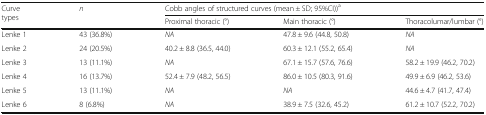
<table><thead><tr><td rowspan="2"><b>Curve types</b></td><td rowspan="2"><b><i>n</i></b></td><td colspan="3"><b>Cobb angles of structured curves (mean ± SD; 95%CI))<sup>a</sup></b></td></tr><tr><td><b>Proximal thoracic (°)</b></td><td><b>Main thoracic (°)</b></td><td><b>Thoracolumar/lumbar (°)</b></td></tr></thead><tbody><tr><td>Lenke 1</td><td>43 (36.8%)</td><td><i>NA</i></td><td>47.8 ± 9.6 (44.8, 50.8)</td><td><i>NA</i></td></tr><tr><td>Lenke 2</td><td>24 (20.5%)</td><td>40.2 ± 8.8 (36.5, 44.0)</td><td>60.3 ± 12.1 (55.2, 65.4)</td><td><i>NA</i></td></tr><tr><td>Lenke 3</td><td>13 (11.1%)</td><td><i>NA</i></td><td>67.1 ± 15.7 (57.6, 76.6)</td><td>58.2 ± 19.9 (46.2, 70.2)</td></tr><tr><td>Lenke 4</td><td>16 (13.7%)</td><td>52.4 ± 7.9 (48.2, 56.5)</td><td>86.0 ± 10.5 (80.3, 91.6)</td><td>49.9 ± 6.9 (46.2, 53.6)</td></tr><tr><td>Lenke 5</td><td>13 (11.1%)</td><td><i>NA</i></td><td><i>NA</i></td><td>44.6 ± 4.7 (41.7, 47.4)</td></tr><tr><td>Lenke 6</td><td>8 (6.8%)</td><td><i>NA</i></td><td>38.9 ± 7.5 (32.6, 45.2)</td><td>61.2 ± 10.7 (52.2, 70.2)</td></tr></tbody></table>